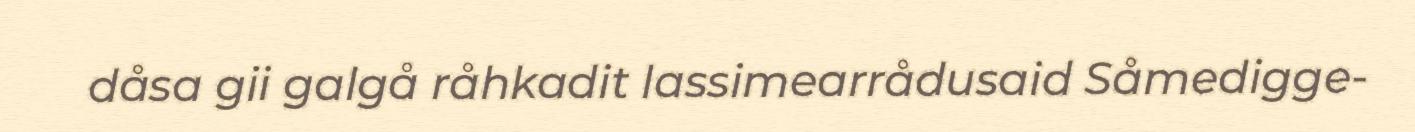
dåsa gii galgå råhkadit lassimearrådusaid Såmedigge-